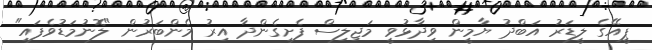
ޕީއޭގެ ލީޑަރު އަބްދު ޔާމީން ވިދާޅުވީ މަޖިލިސް ފެށިގެންދާ އިރު މެންބަރުން "ލޮނުމަޑުވެފައި"